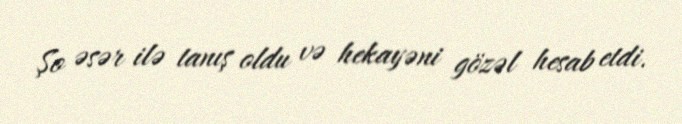
Şo əsər ilə tanış oldu və hekayəni gözəl hesab etdi.